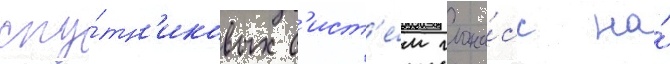
спу́тн'иковых с'ист'е́м глона́сс на́